Mental hospitals Bombay report 1921-28 - 1921-1928
Year: 1921
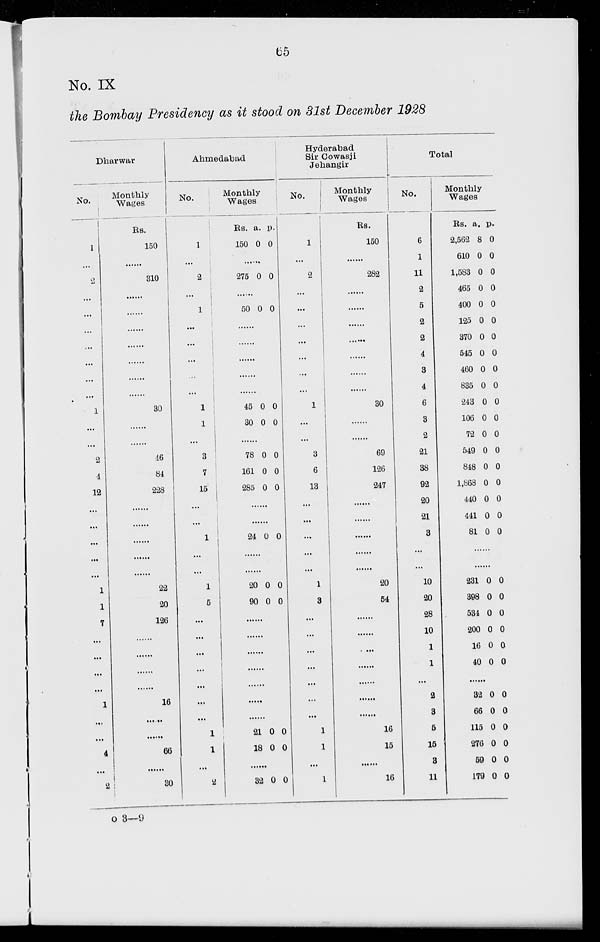
65
No. IX
the Bombay Presidency as it stood on 31st December 1928
Dharwar
No.
1
...
2
...
...
...
...
...
...
...
1
...
...
2
4
12
...
...
...
...
...
1
1
7
...
...
...
...
1
...
...
4
...
2
Monthly
Wages
Rs.
150
......
310
......
......
......
......
......
......
......
30
......
......
46
84
228
......
......
......
......
......
22
20
126
......
......
......
......
16
......
......
66
......
30
Ahmedabad
No.
1
...
2
...
1
...
...
...
...
...
1
1
...
3
7
15
...
...
1
...
...
1
5
...
...
...
...
...
...
...
1
1
...
2
Monthly
Wages
Rs.
150
a.
0
p.
0
......
275 0 0
......
50 0 0
......
......
......
......
......
45
30
0
0
0
0
......
78
161
285
0
0
0
0
0
0
......
......
24 0 0
......
......
20
90
0
0
0
0
......
......
......
......
......
......
......
21
18
0
0
0
0
......
32 0 0
Hyderabad
Sir Cowasji
Jehangir
No.
1
...
2
...
...
...
...
...
...
...
1
...
...
3
6
13
...
...
...
...
...
1
3
...
...
...
...
...
...
...
1
1
...
1
Monthly
Wages
Rs.
150
......
282
......
......
......
......
......
......
......
30
......
......
69
126
247
......
......
......
......
......
20
54
......
......
......
......
......
......
......
16
15
......
16
Total
No.
6
1
11
2
5
2
2
4
3
4
6
3
2
21
38
92
20
21
3
...
...
10
20
28
10
1
1
...
2
3
5
15
3
11
Monthly
Wages
Rs.
2,562
610
1,583
465
400
125
370
545
460
835
243
106
72
549
848
1,868
440
441
81
a.
8
0
0
0
0
0
0
0
0
0
0
0
0
0
0
0
0
0
0
p.
0
0
0
0
0
0
0
0
0
0
0
0
0
0
0
0
0
0
0
......
......
231
398
534
200
16
40
0
0
0
0
0
0
0
0
0
0
0
0
......
32
66
115
276
59
179
0
0
0
0
0
0
0
0
0
0
0
0
O 3—9